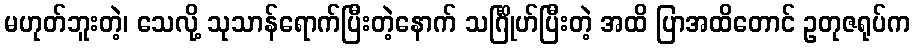
မဟုတ်ဘူးတဲ့၊ သေလို့ သုသာန်ရောက်ပြီးတဲ့နောက် သင်္ဂြိုဟ်ပြီးတဲ့ အထိ ပြာအထိတောင် ဥတုဇရုပ်က